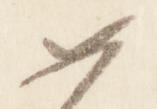
如